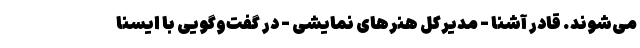
می‌شوند. قادر آشنا - مدیرکل هنر‌های نمایشی - در گفت‌وگویی با ایسنا